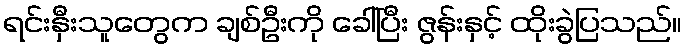
ရင်းနှီးသူတွေက ချစ်ဦးကို ခေါ်ပြီး ဇွန်းနှင့် ထိုးခွဲပြသည်။